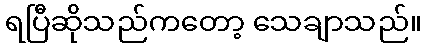
ရပြီဆိုသည်ကတော့ သေချာသည်။